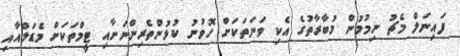
ފައިނަލް މެޗު ނިމުމުން މުބާރާތުގެ އެކި ވަނަތަކަށް ހޮވުނު ކުޅުންތެރިންނަށާއި ޓީމްތަކަށް މެޑަލްއާއި